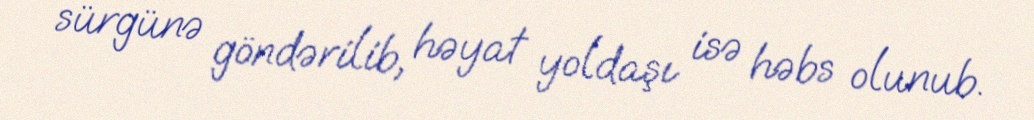
sürgünə göndərilib, həyat yoldaşı isə həbs olunub.